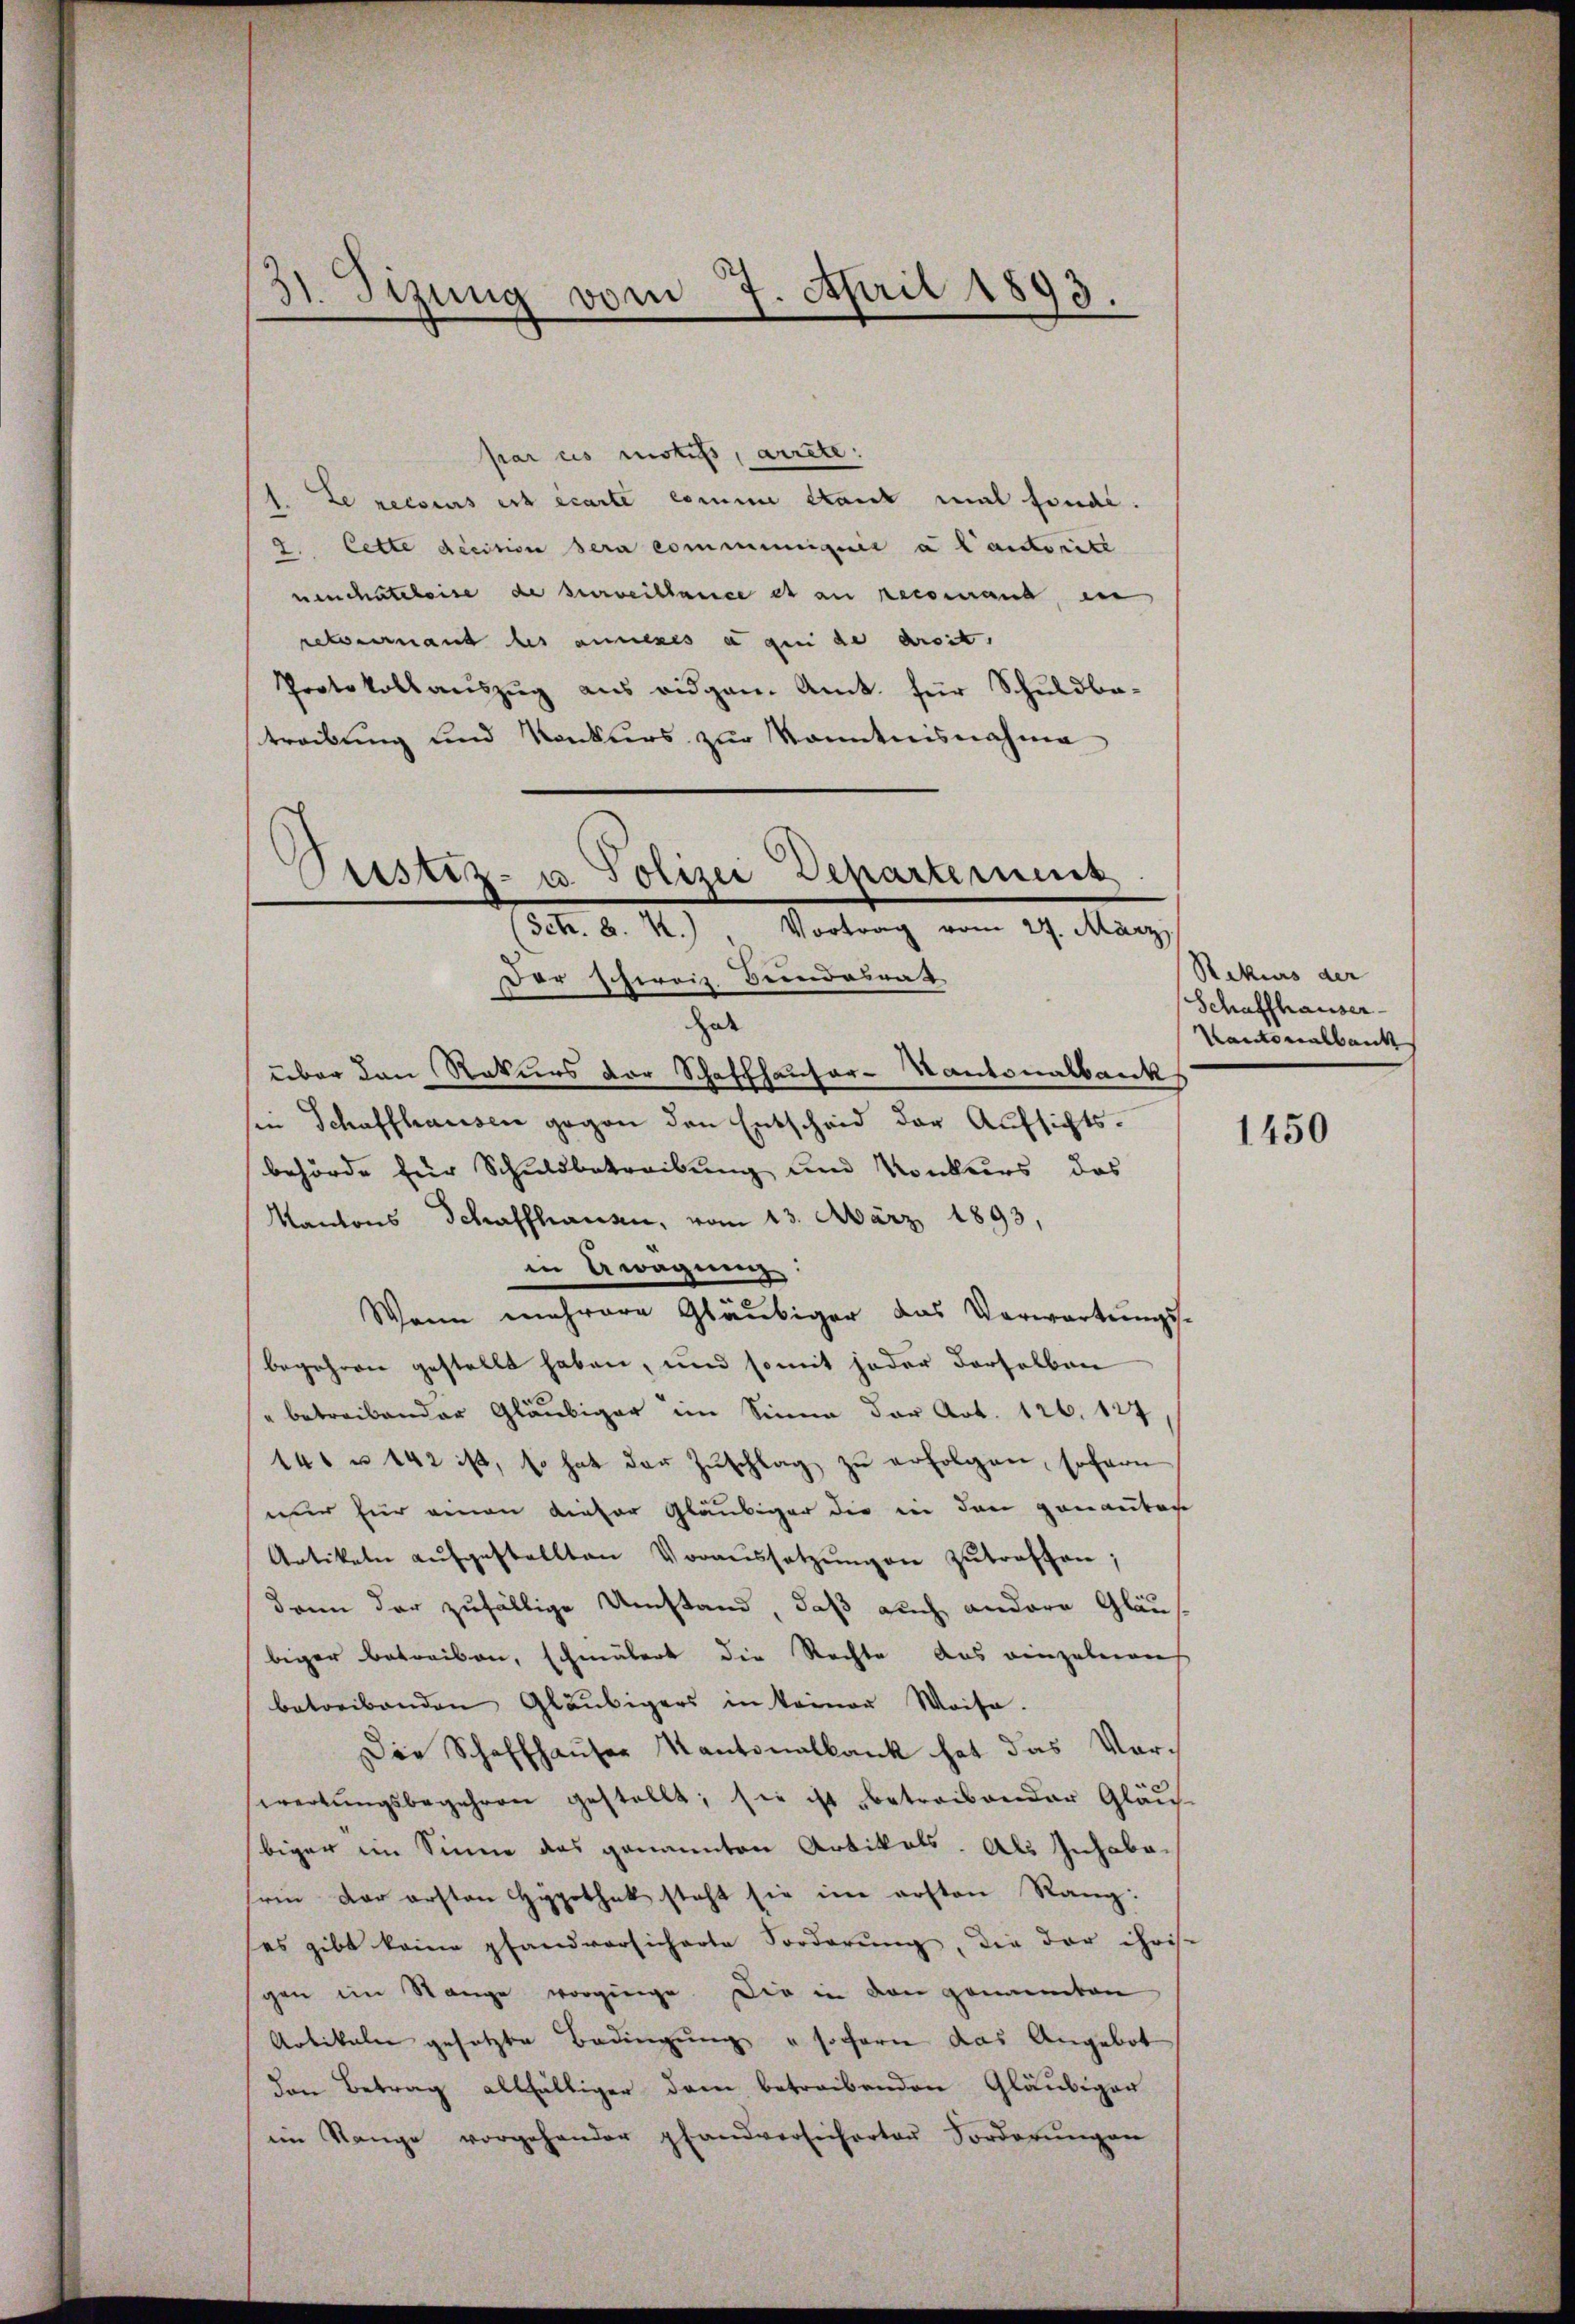
31. Sizung vom 7. April 1893.

par es motifs, arrete.
Le recours est écarte comme stant mal fondi.
2. Cette decision sera communiquie a lautorité
neuchateleise de surveillance et an recomand, in
reternant des annexes a que de dreit,
Protokollauszug aus eidgen. Amt für Schuldbatreibung und Konkurs zur Kenntnisnahme

¬
ustiz- u. Polizei Departement
Setr. B. 4.) Vortrag vom 27. März
Der Schweiz. Seindesrat
Gele

über den Rekurs der Schaffhauser-Kantonalbank
sen Schaffhausen gegen den Entscheid der Aufsichtsbehörde für Schuldbetreibung und Konkurs das
Kantons Schaffhausen, vom 13. März 1893,
in Awagung:
Wenn mehrere Gläubiger das Verwartungs-
begehren gestellt haben, und somit jeder derselben
" betreibender Gläubiger im Sinne der Art. 126. 127
141 u 142 ist, so hat der Zŭschlag zŭ erfolgen, sofern
wur für einen dieser Gläubiger die in den genanter
Artikeln aŭfgestellten Voraŭssetzŭngen zutreffen;
dann der zufällige Umstand, daß auch andere Gläusbiger betreiben, schmälert die Rechte das einzelnen
betreibenden Gläubigers in keiner Weise.
Die Schaffhauser Kantonalbank hat das Vorwertŭngsbegehren gestellt; sie ist betreibender Gläu-
biger im Sinne das genannten Artikals. Als Inhaberin der ersten Hypothek steht sie im arsten Rang:
es gibt keine pfandversicherte Forderŭng, die der Christ
gen im Stange vorginge. Die in den genannten
Artikeln gesetzte Bedingung u sofern das Angebot
den Betrag allfältiger dem betreibenden Gläubiger
ein Range vorgehander pfandversicherter Forderŭngen

Rekurs der
Schaffhauser-
Kantonalbank

1450